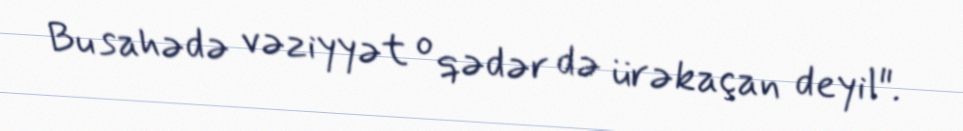
Bu sahədə vəziyyət o qədər də ürəkaçan deyil".